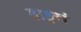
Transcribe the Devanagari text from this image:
वाङ्गं